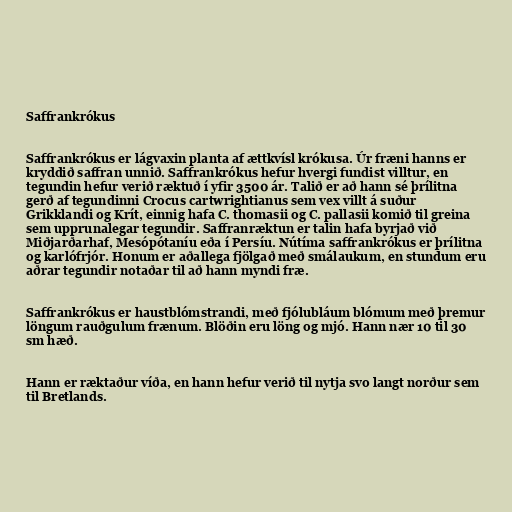
Saffrankrókus

Saffrankrókus er lágvaxin planta af ættkvísl krókusa. Úr fræni hanns er
kryddið saffran unnið. Saffrankrókus hefur hvergi fundist villtur, en
tegundin hefur verið ræktuð í yfir 3500 ár. Talið er að hann sé þrílitna
gerð af tegundinni Crocus cartwrightianus sem vex villt á suður
Grikklandi og Krít, einnig hafa C. thomasii og C. pallasii komið til greina
sem upprunalegar tegundir. Saffranræktun er talin hafa byrjað við
Miðjarðarhaf, Mesópótaníu eða í Persíu. Nútíma saffrankrókus er þrílitna
og karlófrjór. Honum er aðallega fjölgað með smálaukum, en stundum eru
aðrar tegundir notaðar til að hann myndi fræ.

Saffrankrókus er haustblómstrandi, með fjólubláum blómum með þremur
löngum rauðgulum frænum. Blöðin eru löng og mjó. Hann nær 10 til 30
sm hæð.

Hann er ræktaður víða, en hann hefur verið til nytja svo langt norður sem
til Bretlands.